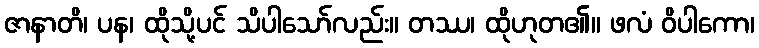
ဇာနာတိ၊ ပန၊ ထိုသို့ပင် သိပါသော်လည်း။ တဿ၊ ထိုဟုတ၏။ ဖလံ ဝိပါကော၊